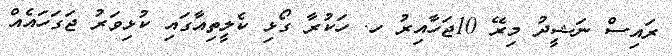
ރައިސް ނަޝީދު މިރޭ 10ޖަހާއިރު ހ. ހަކުރާ ގޯޅި ކެލީތިއާގައި ކުޅިވަރު ޖަގަހައެއް